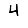
Digit: 4